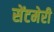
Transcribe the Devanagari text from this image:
सेंटमेरी